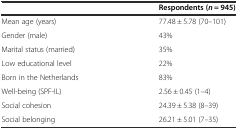
|  | Respondents (n = 945) |
 | --- | --- |
 | Mean age (years) | 77.48 ± 5.78 (70–101) |
 | Gender (male) | 43% |
 | Marital status (married) | 35% |
 | Low educational level | 22% |
 | Born in the Netherlands | 83% |
 | Well-being (SPF-IL) | 2.56 ± 0.45 (1–4) |
 | Social cohesion | 24.39 ± 5.38 (8–39) |
 | Social belonging | 26.21 ± 5.01 (7–35) |